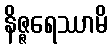
နိဇ္ဇရေဿာမိ